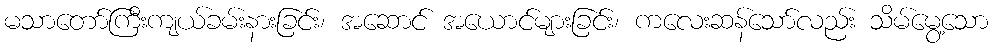
မသာတော်ကြီးကျယ်ခမ်းနားခြင်း၊ အဆောင် အယောင်များခြင်း၊ ကလေးဆန်သော်လည်း သိမ်မွေ့သော